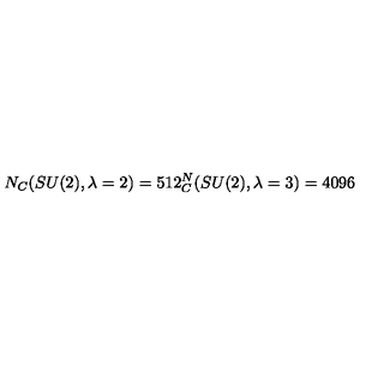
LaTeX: N _ { C } ( S U ( 2 ) , \lambda = 2 ) = 5 1 2 \sp N _ { C } ( S U ( 2 ) , \lambda = 3 ) = 4 0 9 6